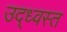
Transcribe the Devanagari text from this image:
उद्‌ध्‍वस्त